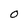
Character: 0